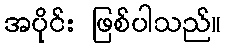
အပိုင်း ဖြစ်ပါသည်။